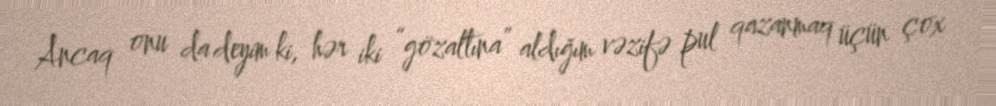
Ancaq onu da deyim ki, hər iki “gözaltına” aldığım vəzifə pul qazanmaq üçün çox